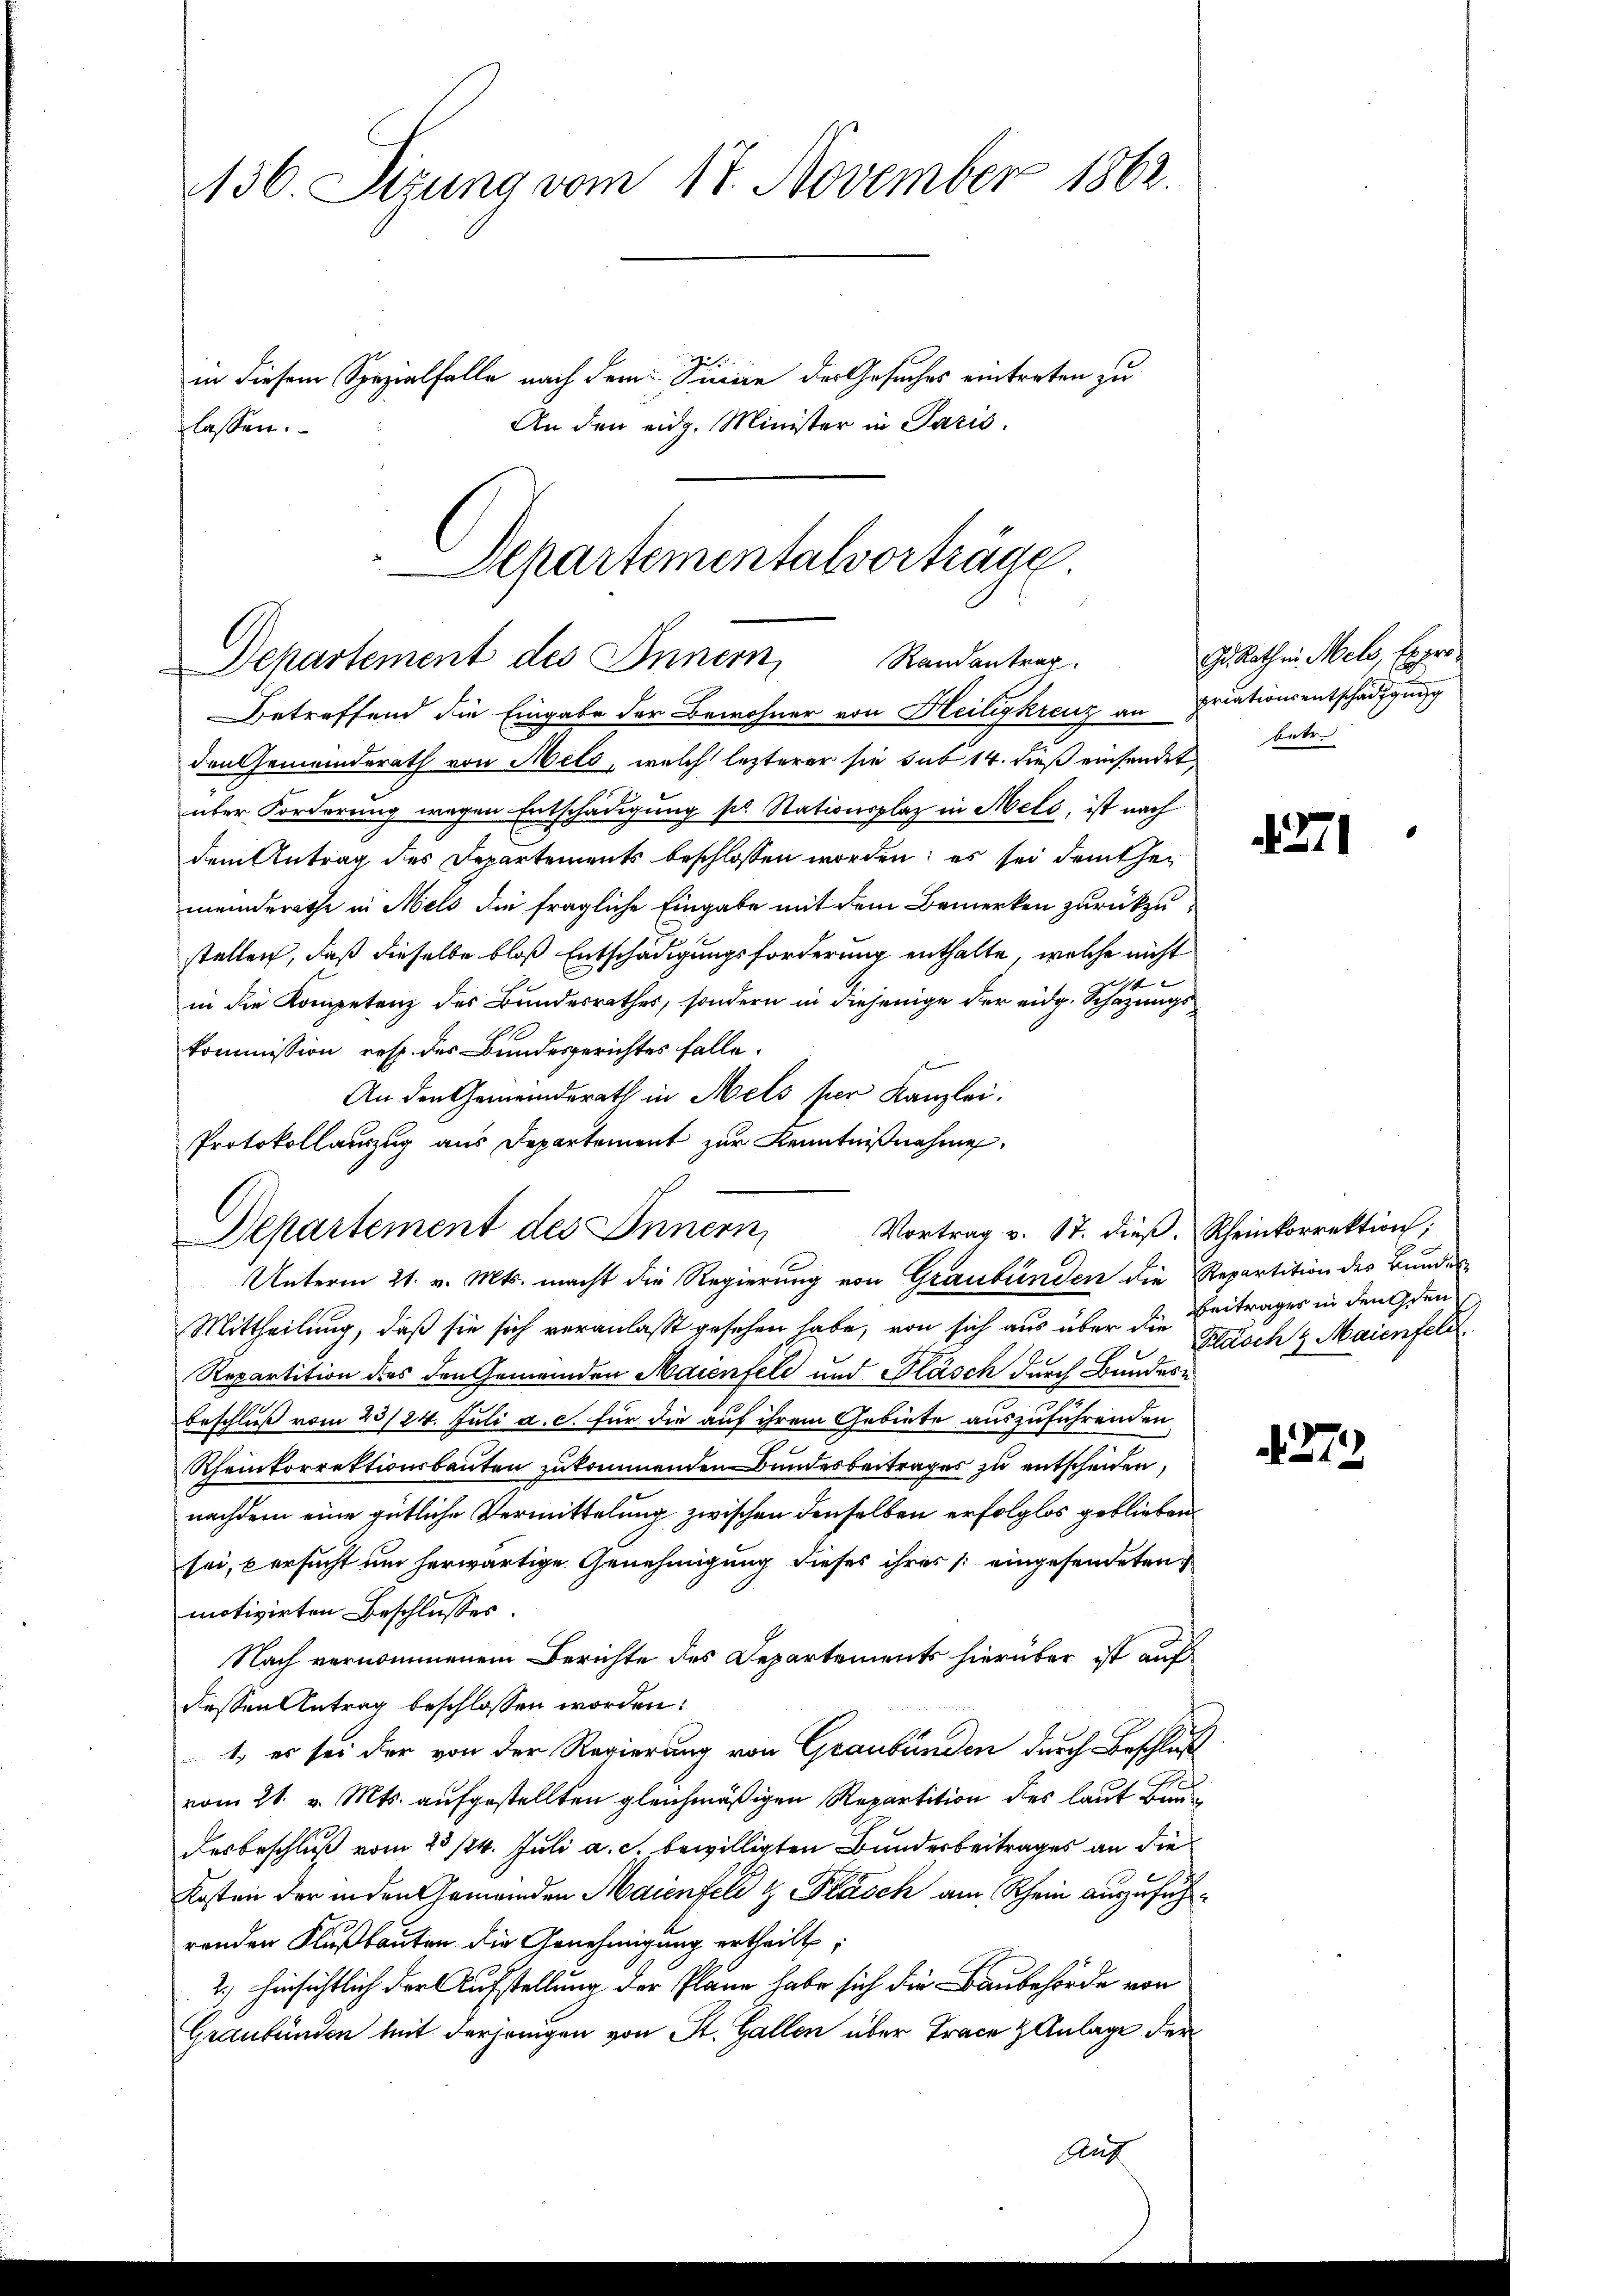
136. Sizung vom 17. November 1862.

in diesem Spezialfalle nach dem Sinne der Gesuches eintreten zu
An den eidg. Minister in Paris.
lassen.

Departementalvorträge.
Randantrag.
Departement des Innern,

Betreffend die Eingabe der Bewohner von Heiligkreuz an priationsentschädigung
den Gemeinderath von Mels, welch lezterer sie sub 14. dieß einsendet,
über Forderung wegen Entschädigung sel. Stationsplaz in Meld, ist nach
dem Antrag des Departements beschlossen worden; es sei demthei
meinderathe in Mels die fragliche Eingabe mit dem Bemerken zurückzustellen, daß dieselbe bloß Entschädigungsforderung enthalte, welche nicht
A
in die Kompetenz des Bundesrathes, sondern in diejenige der eidg. Schazungskommission resp. des Bundesgerichtes falle.
An den Gemeinderath in Mels ser Kanzlei.
Protokollauszug aus Departement zur Kenntnißnahme
Departement des Innern
Unterm 21. v. Mts. macht die Regierung von Graubünden die Repartition der Bundes
Mittheilung, daß sie sich veranlasst gesehen habe, von sich aus über den Beitrages in den den
Repartition des den Gemeinden Maienfeld und Pläsch durch Bundesbeschluß vom 23/24. Juli a. c. für die auf ihrem Gebiete auszuführenden
Rheinkorrektionsbauten zukommenden Bundesbeitrages zu entscheiden,
nachdem eine gütliche Vermittelung zwischen denselben erfolglos geblieben.
sei, versucht um herwärtige Genehmigung dieses ihres eingesendeten
motivirten Beschlusses.
Nach vernommenem Berichte des Departements hierüber ist auf
dessen Antrag beschlossen worden:
1., er sei der von der Regierung von Graubünden durch Beschluß
vom 21. v. Mts. aufgestellten gleichmäßigen Repartition des laut Baudesbeschluß vom 23 /24. Juli a. c. bewilligten Bundesbeitrages an die
Kosten der in den Gemeinden Maienfeld & lasch am Rhein auszuführenden Flußbauten die Genehmigung ertheilt,
2.) Hinsichtlich der Aufstellung der Plane habe sich die Baubehörde von
Graubünden mit derjenigen von St. Gallen über Trace & Anlage der
Auf

Vortrag v. 17. dieβ. Rheinkorrektion;

Gr. Rathen Mels, Exprobetr
4271

Kläsch 4 Maienfeld.

279